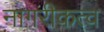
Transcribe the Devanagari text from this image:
नागरीकत्व